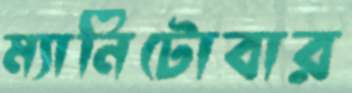
ম্যানিটোবার